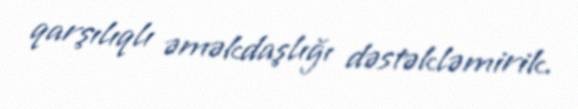
qarşılıqlı əməkdaşlığı dəstəkləmirik.